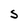
Character: S